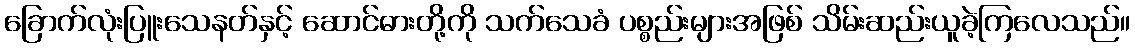
ခြောက်လုံးပြူးသေနတ်နှင့် ဆောင်ဓားတို့ကို သက်သေခံ ပစ္စည်းများအဖြစ် သိမ်းဆည်းယူခဲ့ကြလေသည်။